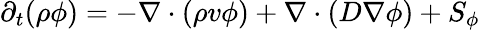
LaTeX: \begin{array}{r}{\partial_{t}(\rho\phi)=-\nabla\cdot(\rho v\phi)+\nabla\cdot(D\nabla\phi)+S_{\phi}}\end{array}